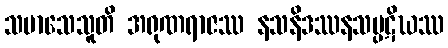
သမာသေသူတိ အရုဏရာဇဿ နသနိဒဿနသပ္ပဋိဃဿ